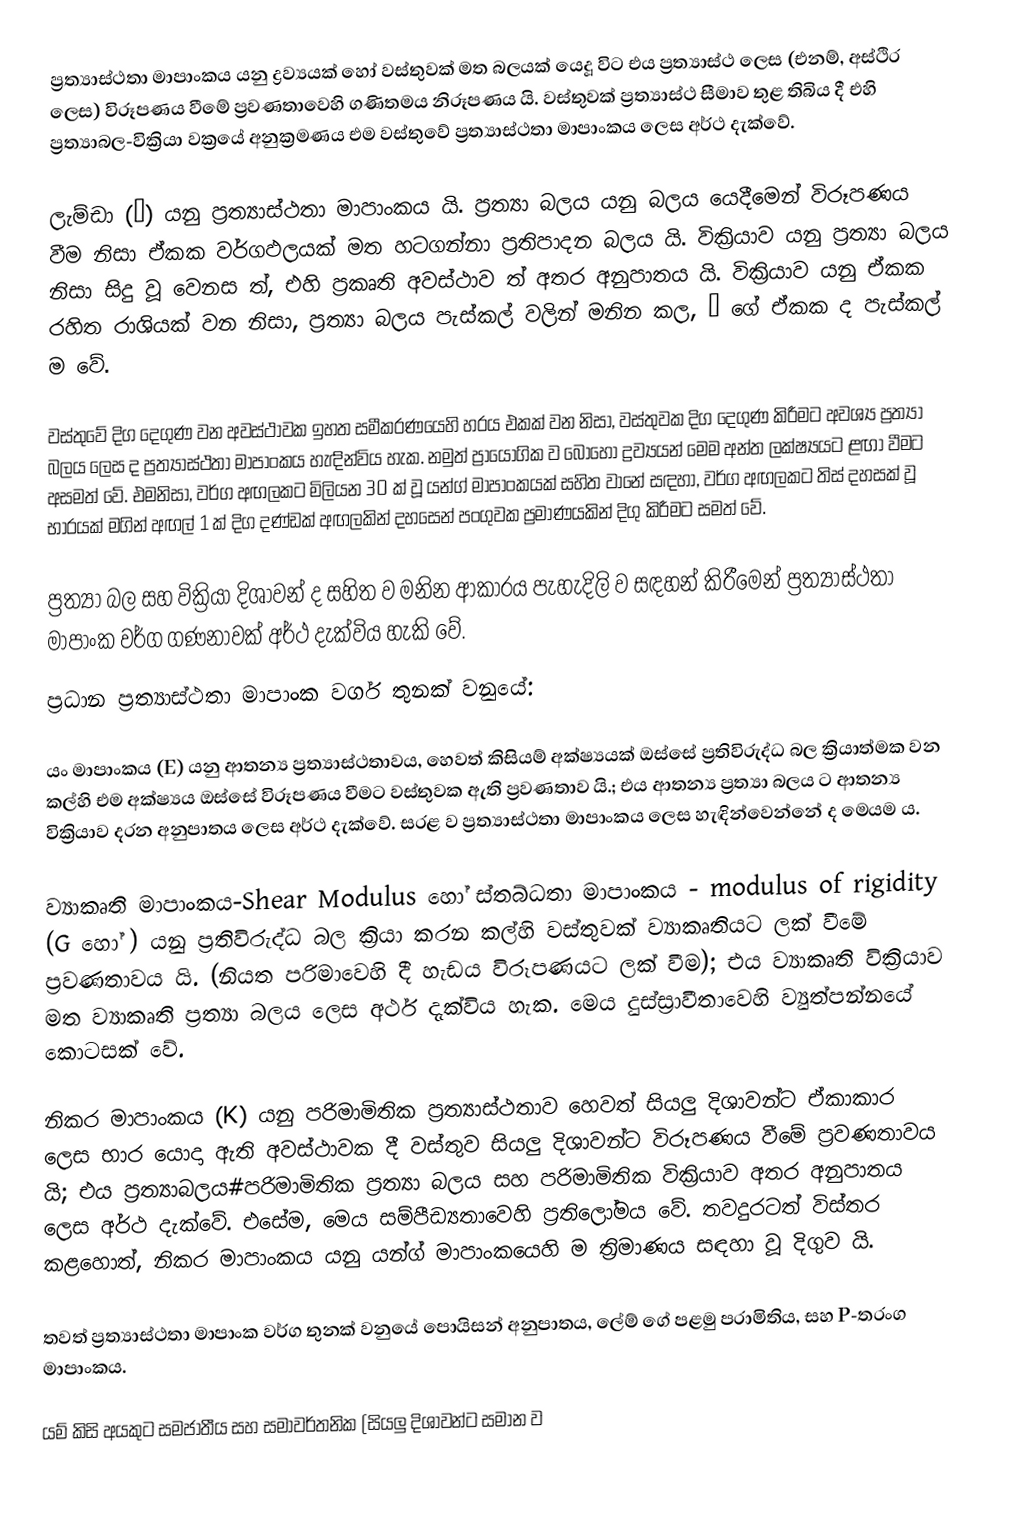
ප්‍රත්‍යාස්ථතා මාපාංකය යනු ද්‍රව්‍යයක් හෝ වස්තුවක් මත බලයක් යෙදූ විට එය ප්‍රත්‍යාස්ථ ලෙස (එනම්, අස්ථිර ලෙස) විරූපණය වීමේ ප්‍රවණතාවෙහි ගණිතමය නිරූපණය යි.  වස්තුවක් ප්‍රත්‍යාස්ථ සීමාව තුළ තිබිය දී එහි ප්‍රත්‍යාබල-වික්‍රියා වක්‍රයේ අනුක්‍රමණය එම වස්තුවේ ප්‍රත්‍යාස්ථතා මාපාංකය ලෙස අර්ථ දැක්වේ.

ලැම්ඩා (λ) යනු ප්‍රත්‍යාස්ථතා මාපාංකය යි. ප්‍රත්‍යා බලය යනු බලය යෙදීමෙන් විරූපණය වීම නිසා ඒකක වර්ගඵලයක් මත හටගන්නා ප්‍රතිපාදන බලය යි. වික්‍රියාව යනු ප්‍රත්‍යා බලය නිසා සිදු වූ වෙනස ත්, එහි ප්‍රකෘති අවස්ථාව ත් අතර අනුපාතය යි. වික්‍රියාව යනු ඒකක රහිත රාශියක් වන නිසා, ප්‍රත්‍යා බලය පැස්කල් වලින් මනින කල, λ ගේ ඒකක ද පැස්කල් ම වේ.

වස්තුවේ දිග දෙගුණ වන අවස්ථාවක ඉහත සමීකරණයෙහි හරය එකක් වන නිසා, වස්තුවක දිග දෙගුණ කිරීමට අවශ්‍ය ප්‍රත්‍යා බලය ලෙස ද ප්‍රත්‍යාස්ථතා මාපාංකය හැඳින්විය හැක. නමුත් ප්‍රායෝගික ව බොහෝ ද්‍රව්‍යයන් මෙම අන්ත ලක්ෂ්‍යයට ළඟා වීමට අසමත් වේ. එමනිසා, වර්ග අඟලකට මිලියන 30 ක් වූ යන්ග් මාපාංකයක් සහිත වානේ සඳහා, වර්ග අඟලකට තිස් දහසක් වූ භාරයක් මගින් අඟල් 1  ක් දිග දණ්ඩක් අඟලකින් දහසෙන් පංගුවක ප්‍රමාණයකින් දිගු කිරීමට සමත් වේ.

ප්‍රත්‍යා බල සහ වික්‍රියා දිශාවන් ද සහිත ව මනින ආකාරය පැහැදිලි ව සඳහන් කිරීමෙන් ප්‍රත්‍යාස්ථතා මාපාංක වර්ග ගණනාවක් අර්ථ දැක්විය හැකි වේ.
ප්‍රධාන ප්‍රත්‍යාස්ථතා මාපාංක වර්ග තුනක් වනුයේ:

 යං මාපාංකය (E) යනු ආතන්‍ය ප්‍රත්‍යාස්ථතාවය, හෙවත් කිසියම් අක්ෂ්‍යයක් ඔස්සේ ප්‍රතිවිරුද්ධ බල ක්‍රියාත්මක වන කල්හි එම අක්ෂ්‍යය ඔස්සේ විරූපණය වීමට වස්තුවක ඇති ප්‍රවණතාව යි.; එය ආතන්‍ය ප්‍රත්‍යා බලය ට ආතන්‍ය වික්‍රියාව දරන අනුපාතය ලෙස අර්ථ දැක්වේ. සරළ ව ප්‍රත්‍යාස්ථතා මාපාංකය ලෙස හැඳින්වෙන්නේ ද මෙයම ය.

 ව්‍යාකෘති මාපාංකය-Shear Modulus හෝ ස්තබ්ධතා මාපාංකය - modulus of rigidity (G හෝ ) යනු ප්‍රතිවිරුද්ධ බල ක්‍රියා කරන කල්හි වස්තුවක් ව්‍යාකෘතියට ලක් වීමේ  ප්‍රවණතාවය යි. (නියත පරිමාවෙහි දී හැඩය විරූපණයට ලක් වීම); එය ව්‍යාකෘති වික්‍රියාව මත ව්‍යාකෘති ප්‍රත්‍යා බලය ලෙස අර්ථ දැක්විය හැක. මෙය දුස්ස්‍රාවීතාවෙහි ව්‍යුත්පන්නයේ කොටසක් වේ.

 නිකර මාපාංකය (K) යනු පරිමාමිතික ප්‍රත්‍යාස්ථතාව හෙවත් සියලු දිශාවන්ට ඒකාකාර ලෙස භාර යොදා ඇති අවස්ථාවක දී වස්තුව සියලු දිශාවන්ට විරූපණය වීමේ ප්‍රවණතාවය යි; එය ප්‍රත්‍යාබලය#පරිමාමිතික ප්‍රත්‍යා බලය සහ පරිමාමිතික වික්‍රියාව අතර අනුපාතය ලෙස අර්ථ දැක්වේ. එසේම, මෙය සම්පීඩ්‍යතාවෙහි ප්‍රතිලෝමය වේ. තවදුරටත් විස්තර කළහොත්, නිකර මාපාංකය යනු යන්ග් මාපාංකයෙහි ම ත්‍රිමාණය සඳහා වූ දිගුව යි.

තවත් ප්‍රත්‍යාස්ථතා මාපාංක වර්ග තුනක් වනුයේ පොයිසන් අනුපාතය, ලේම් ගේ පළමු පරාමිතිය, සහ P-තරංග මාපාංකය.

යම් කිසි අයකුට සමජාතීය සහ සමාවර්තනික (සියලු දිශාවන්ට සමාන ව